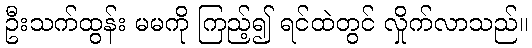
ဦးသက်ထွန်း မမကို ကြည့်၍ ရင်ထဲတွင် လှိုက်လာသည်။